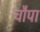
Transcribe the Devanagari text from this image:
चौपा